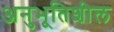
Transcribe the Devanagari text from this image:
अनुभूतिशील